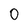
Character: 0